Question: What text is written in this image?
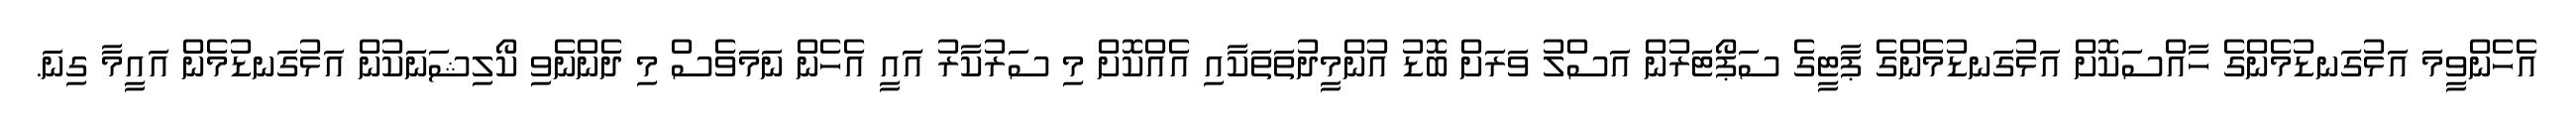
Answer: އެހެންވީމަ އަޅުގަނޑުމެންގެ ހާއްސަކޮށް އަޅުގަނޑުމެންގެ ޕާޓީގެ ސަޕޯޓަރުން އަސްލު ވަރަށް ބޮޑު އުންމީދުތަތަކާއި އެއްކޮށް މި ސަރުކާރު އަައީ އެހެން ނަމަވެސް މި ދެންނެވި ކޯލިޝަނަކުން އަޅުގަނޑުމެން އައީމާ ގިނަ.